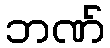
ဘဏ်